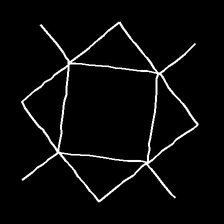
Glyph: light